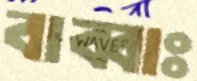
বাব্বাঃ